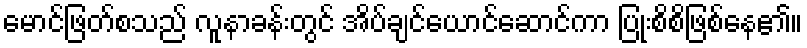
မောင်ဖြတ်စသည် လူနာခန်းတွင် အိပ်ချင်ယောင်ဆောင်ကာ ပြုံးစိစိဖြစ်နေ၏။